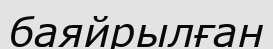
баяйрылған